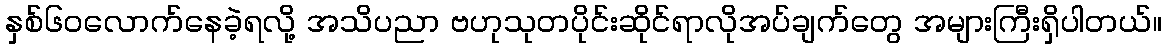
နှစ်၆၀လောက်နေခဲ့ရလို့ အသိပညာ ဗဟုသုတပိုင်းဆိုင်ရာလိုအပ်ချက်တွေ အများကြီးရှိပါတယ်။